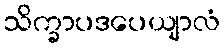
သိက္ခာပဒပေယျာလံ